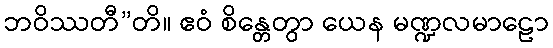
ဘဝိဿတီ”တိ။ ဧဝံ စိန္တေတွာ ယေန မဏ္ဍလမာဠော